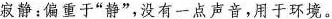
寂静：偏重于”静”，没有一点声音，用于环境。